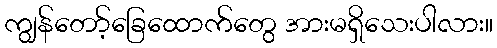
ကျွန်တော့်ခြေထောက်တွေ အားမရှိသေးပါလား။